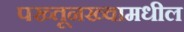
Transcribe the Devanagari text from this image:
पख्तूनख्वामधील